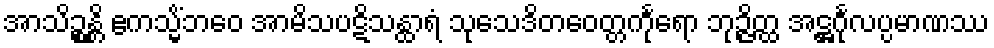
အာသိဉ္စန္တိ ဧကသ္မိံဘဝေ အာမိသပဋိသန္ထာရံ သုသေဒိတဝေတ္တင်္ကုရော ဘုဉ္ဇိတ္ထ အဋ္ဌင်္ဂုလပ္ပမာဏဿ